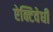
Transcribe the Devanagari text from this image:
ऐक्टिवेधी